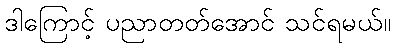
ဒါကြောင့် ပညာတတ်အောင် သင်ရမယ်။